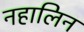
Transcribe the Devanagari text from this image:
नहालिन